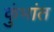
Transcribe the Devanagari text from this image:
कुंभांत